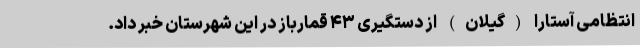
انتظامی آستارا (گیلان) از دستگیری ۴۳ قمارباز در این شهرستان خبر داد.